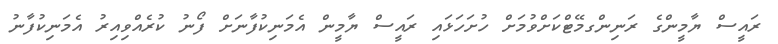
ރައީސް ޔާމީންގެ ރަނިންގމޭޓްކަށްވުމަށް ހުށަހަޅައި ރައީސް ޔާމީން އެމަނިކުފާނަށް ފޯނު ކުރެއްވިއިރު އެމަނިކުފާނު